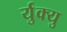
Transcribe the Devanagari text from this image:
र्युक्यु